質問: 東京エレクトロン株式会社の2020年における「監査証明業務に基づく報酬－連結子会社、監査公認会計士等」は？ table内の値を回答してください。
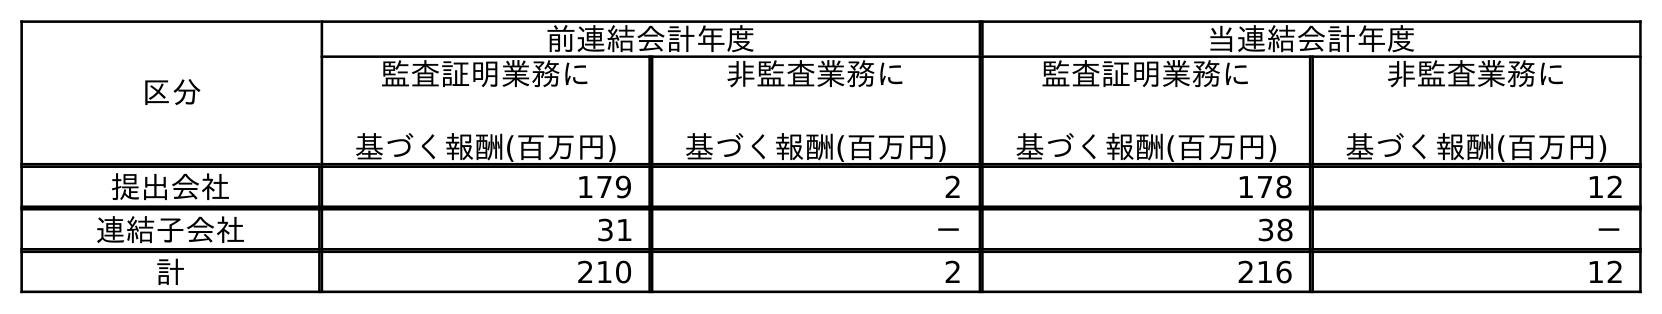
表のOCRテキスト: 区分 前連結会計年度 当連結会計年度 監査証明業務に 基づく報酬(百万円) 非監査業務に 基づく報酬(百万円) 監査証明業務に 基づく報酬(百万円) 非監査業務に 基づく報酬(百万円) 提出会社 179 2 178 12 連結子会社 31 － 38 － 計 210 2 216 12
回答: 38